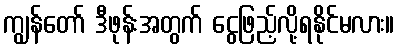
ကျွန်တော် ဒီဖုန်းအတွက် ငွေဖြည့်လို့ရနိုင်မလား။